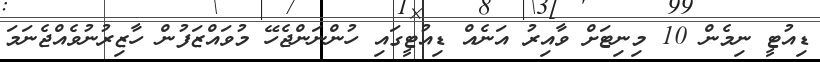
ޑިއުޓީ ނިމެން 10 މިނިޓަށް ވާއިރު އަނެއް ޑިއުޓީގައި ހުންނަންޖެހޭ މުވައްޒަފުން ހާޒިރުނުވެއްޖެނަމަ